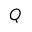
Q